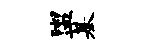
盥基